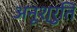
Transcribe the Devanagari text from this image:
अनूश्रुति